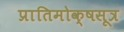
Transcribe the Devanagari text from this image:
प्रातिमोक्षसूत्र